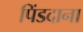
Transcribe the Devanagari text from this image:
पिंडदाना